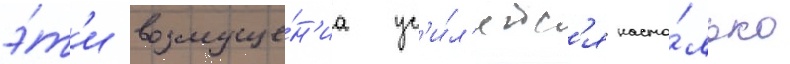
э́т'и возмуще́н'иа ус'и́л'ятс'я насто́лько